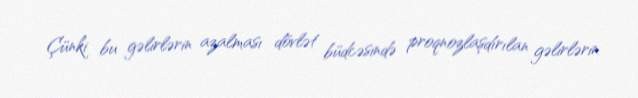
Çünki bu gəlirlərin azalması dövlət büdcəsində proqnozlaşdırılan gəlirlərin